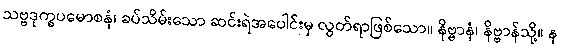
သဗ္ဗဒုက္ခပမောစနံ၊ ခပ်သိမ်းသော ဆင်းရဲအပေါင်းမှ လွတ်ရာဖြစ်သော။ နိဗ္ဗာနံ၊ နိဗ္ဗာန်သို့။ န